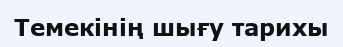
Темекінің шығу тарихы